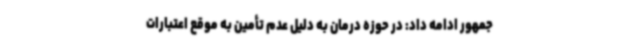
جمهور ادامه داد: در حوزه درمان به دلیل عدم تأمین به موقع اعتبارات